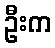
ဦးက